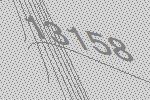
13158